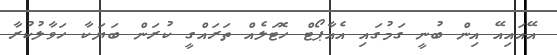
އޭއައިއޭ އިން ބުނީ ގަމުގައި އެއާޕޯޓް ހޮޓަލެއް ތަރައްގީ ކުރަން ބަޔަކާ ހަވާލުކުރާ